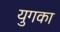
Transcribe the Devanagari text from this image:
युगका